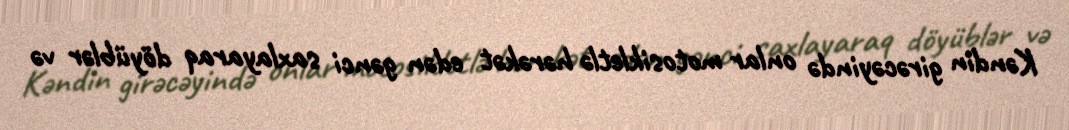
Kəndin girəcəyində onlar motosikletlə hərəkət edən gənci saxlayaraq döyüblər və